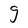
Character: g